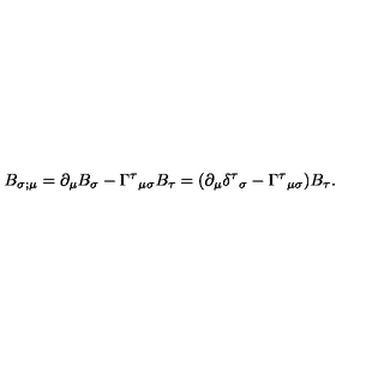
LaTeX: B _ { \sigma ; \mu } = \partial _ { \mu } B _ { \sigma } - \Gamma ^ { \tau } { } _ { \mu \sigma } B _ { \tau } = ( \partial _ { \mu } \delta ^ { \tau } { } _ { \sigma } - \Gamma ^ { \tau } { } _ { \mu \sigma } ) B _ { \tau } .